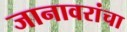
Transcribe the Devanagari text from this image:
जानावरांचा